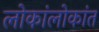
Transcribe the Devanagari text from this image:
लोकांलोकांत